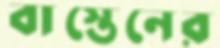
বাস্তেনের